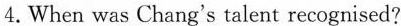
4.When was Chang's talent recognised?